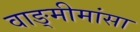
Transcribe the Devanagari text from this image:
वाङ्‍मीमांसा